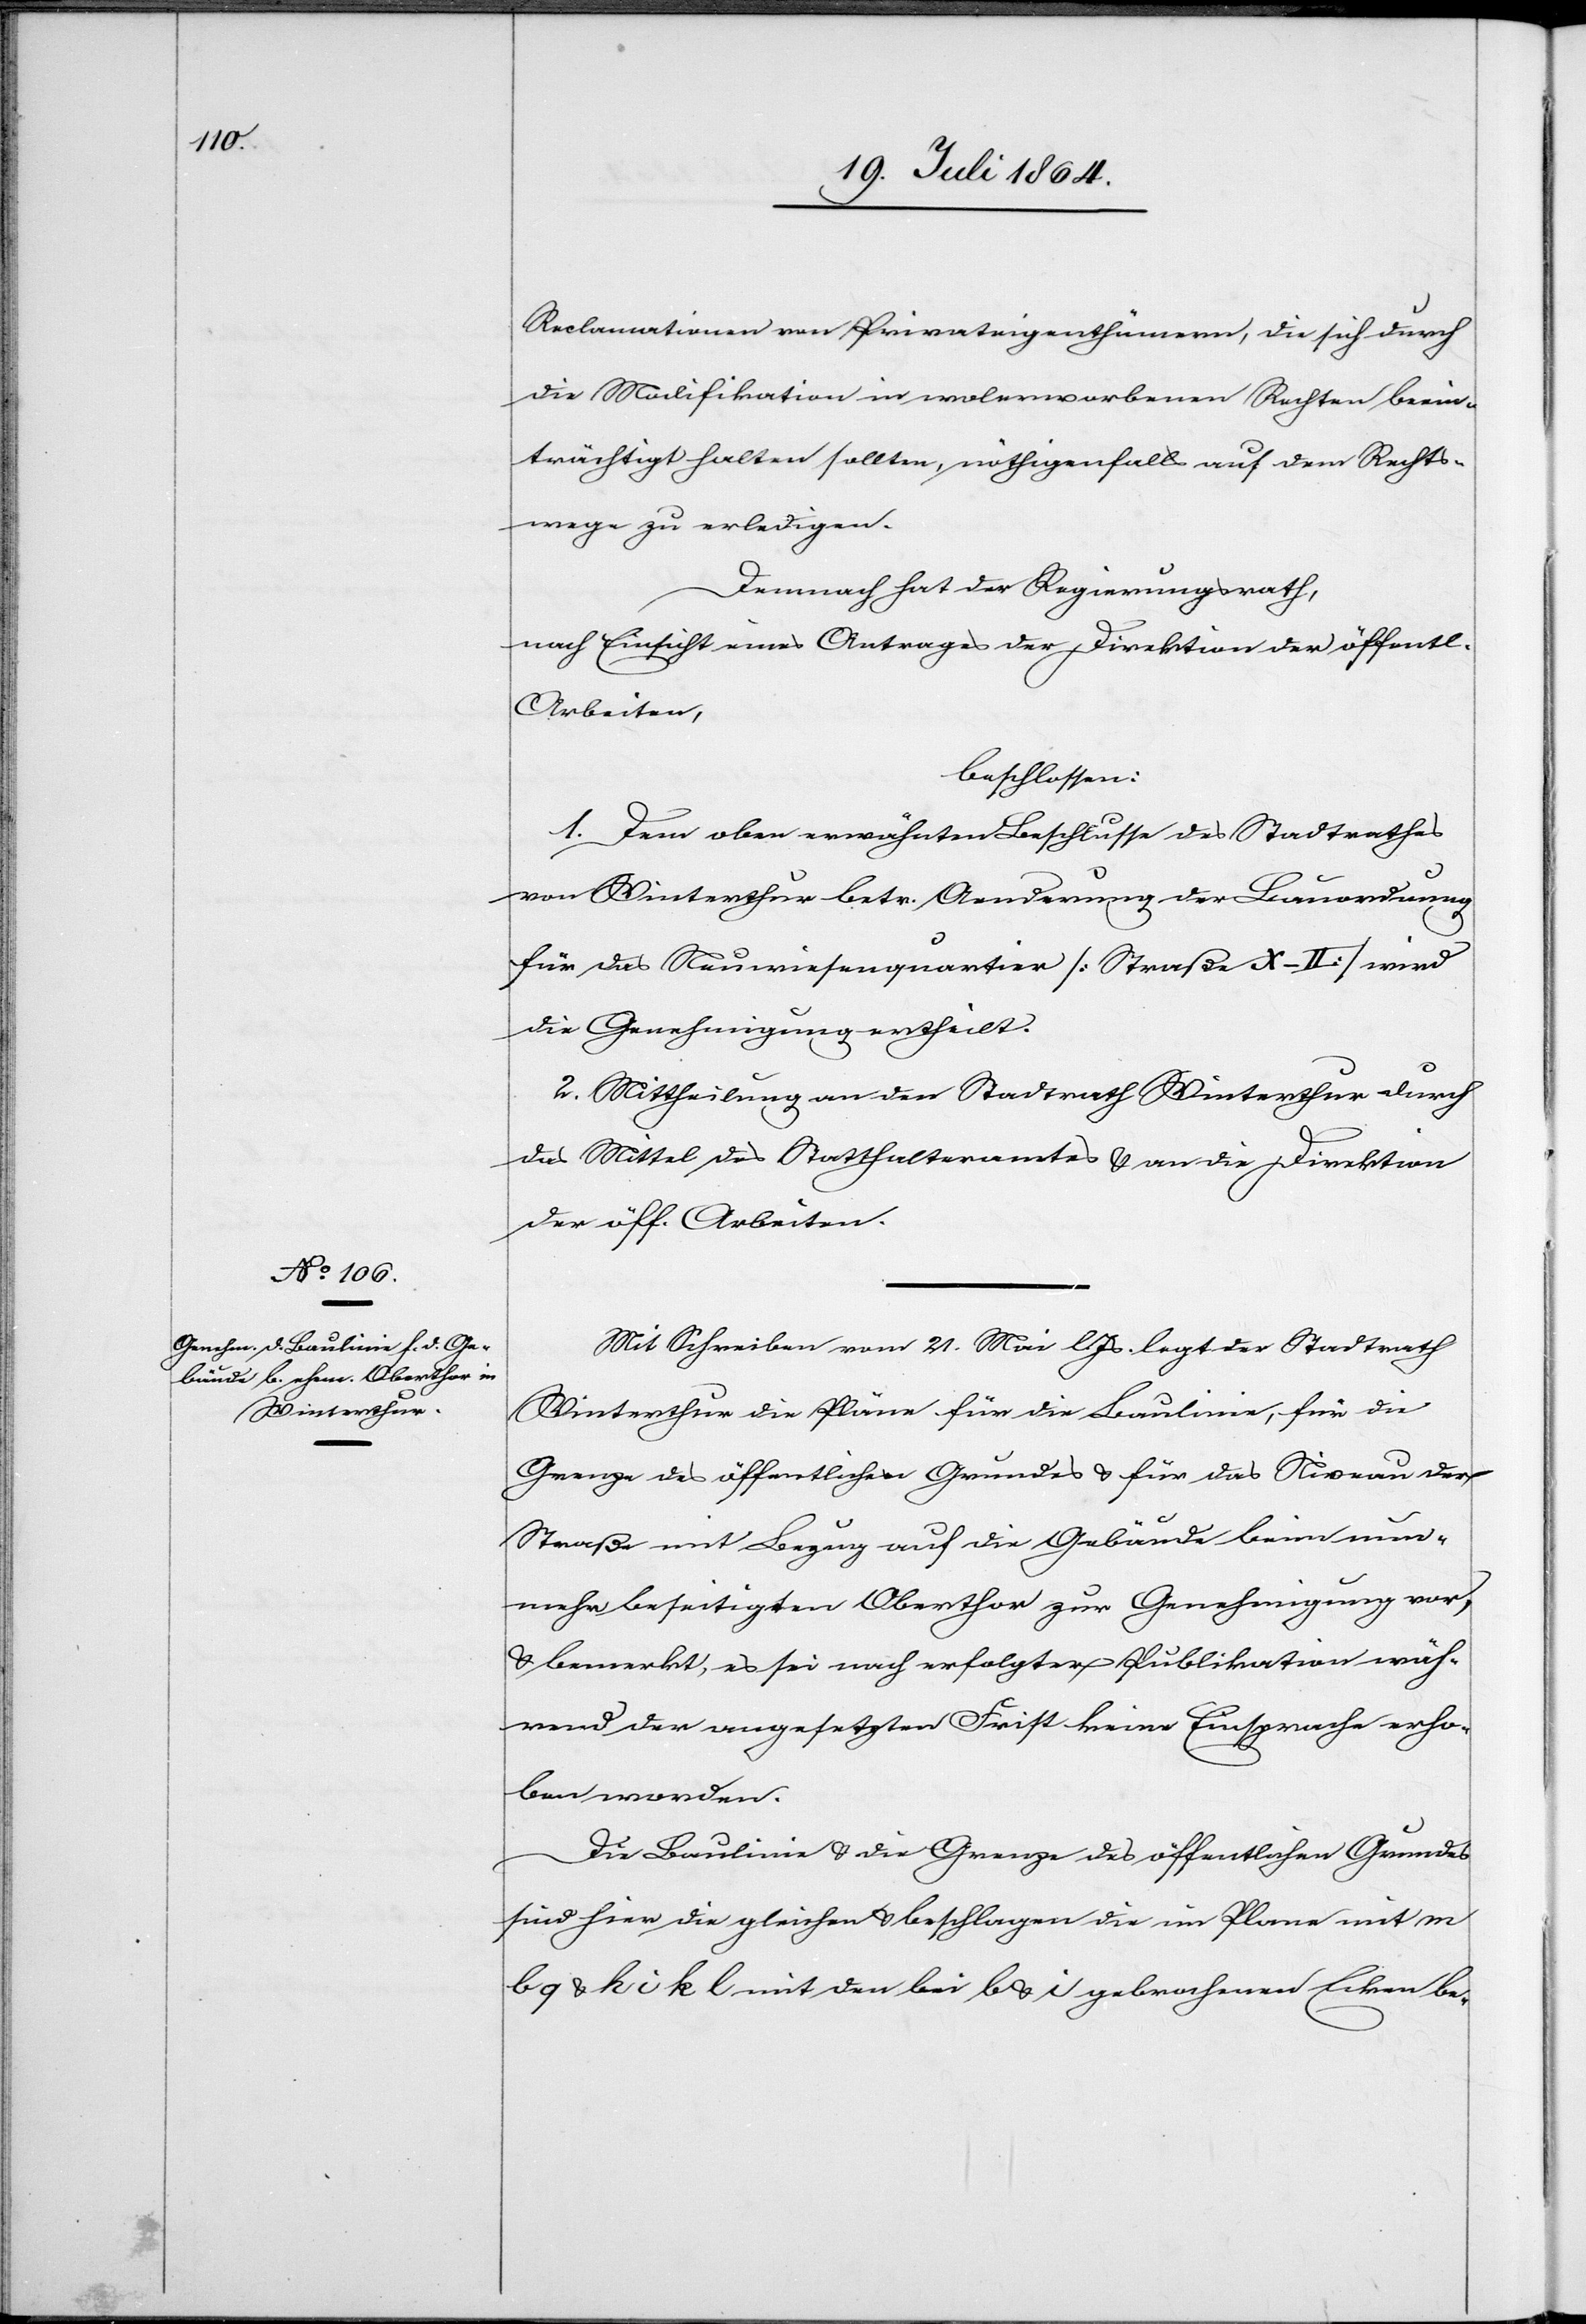
Reclamationen von Privateigenthümern, die sich durch
die Modifikation in wolerworbenen Rechten beein¬
trächtigt halten sollten, nöthigenfalls auf dem Rechts¬
wege zu erledigen.
Demnach hat der Regierungsrath,
nach Einsicht eines Antrages der Direktion der öffentl.
Arbeiten,
beschlossen:
1. Dem oben erwähnten Beschlusse des Stadtrathes
von Winterthur betr. Aenderung der Bauordnung
für das Neuwiesenquartier [Straße X-II] wird
die Genehmigung ertheilt.
2. Mittheilung an den Stadtrath Winterthur durch
das Mittel des Statthalteramtes u. an die Direktion
der öff. Arbeiten.
Mit Schreiben vom 21. Mai l. Js. legt der Stadtrath
Winterthur die Pläne für die Baulinie, für die
Grenze des öffentlichen Grundes u. für das Niveau der
Straße mit Bezug auf die Gebäude beim nun¬
mehr beseitigten Oberthor zur Genehmigung vor,
u. bemerkt, es sei nach erfolgter Publikation wäh¬
rend der angesetzten Frist keine Einsprache erho¬
ben worden.
Die Baulinie u. die Grenze des öffentlichen Grundes
sind hier die gleichen u. beschlagen die im Plane mit m
b q & k u k l mit den bei b & i gebrochenen Ecken be-